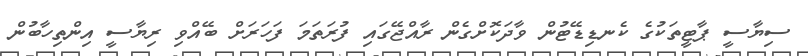
ސިޔާސީ ޕާޓީތަަކުގެ ކެނޑިޑޭޓުން ވާދަކޮށްގެން ރާއްޖޭގައި ފުރަތަމަ ފަހަރަށް ބޭއްވި ރިޔާސީ އިންތިހާބުން